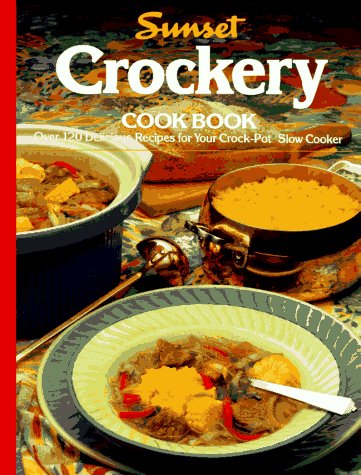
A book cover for Crockery Cookbook; Sunset Books; Cookbooks, Food & Wine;